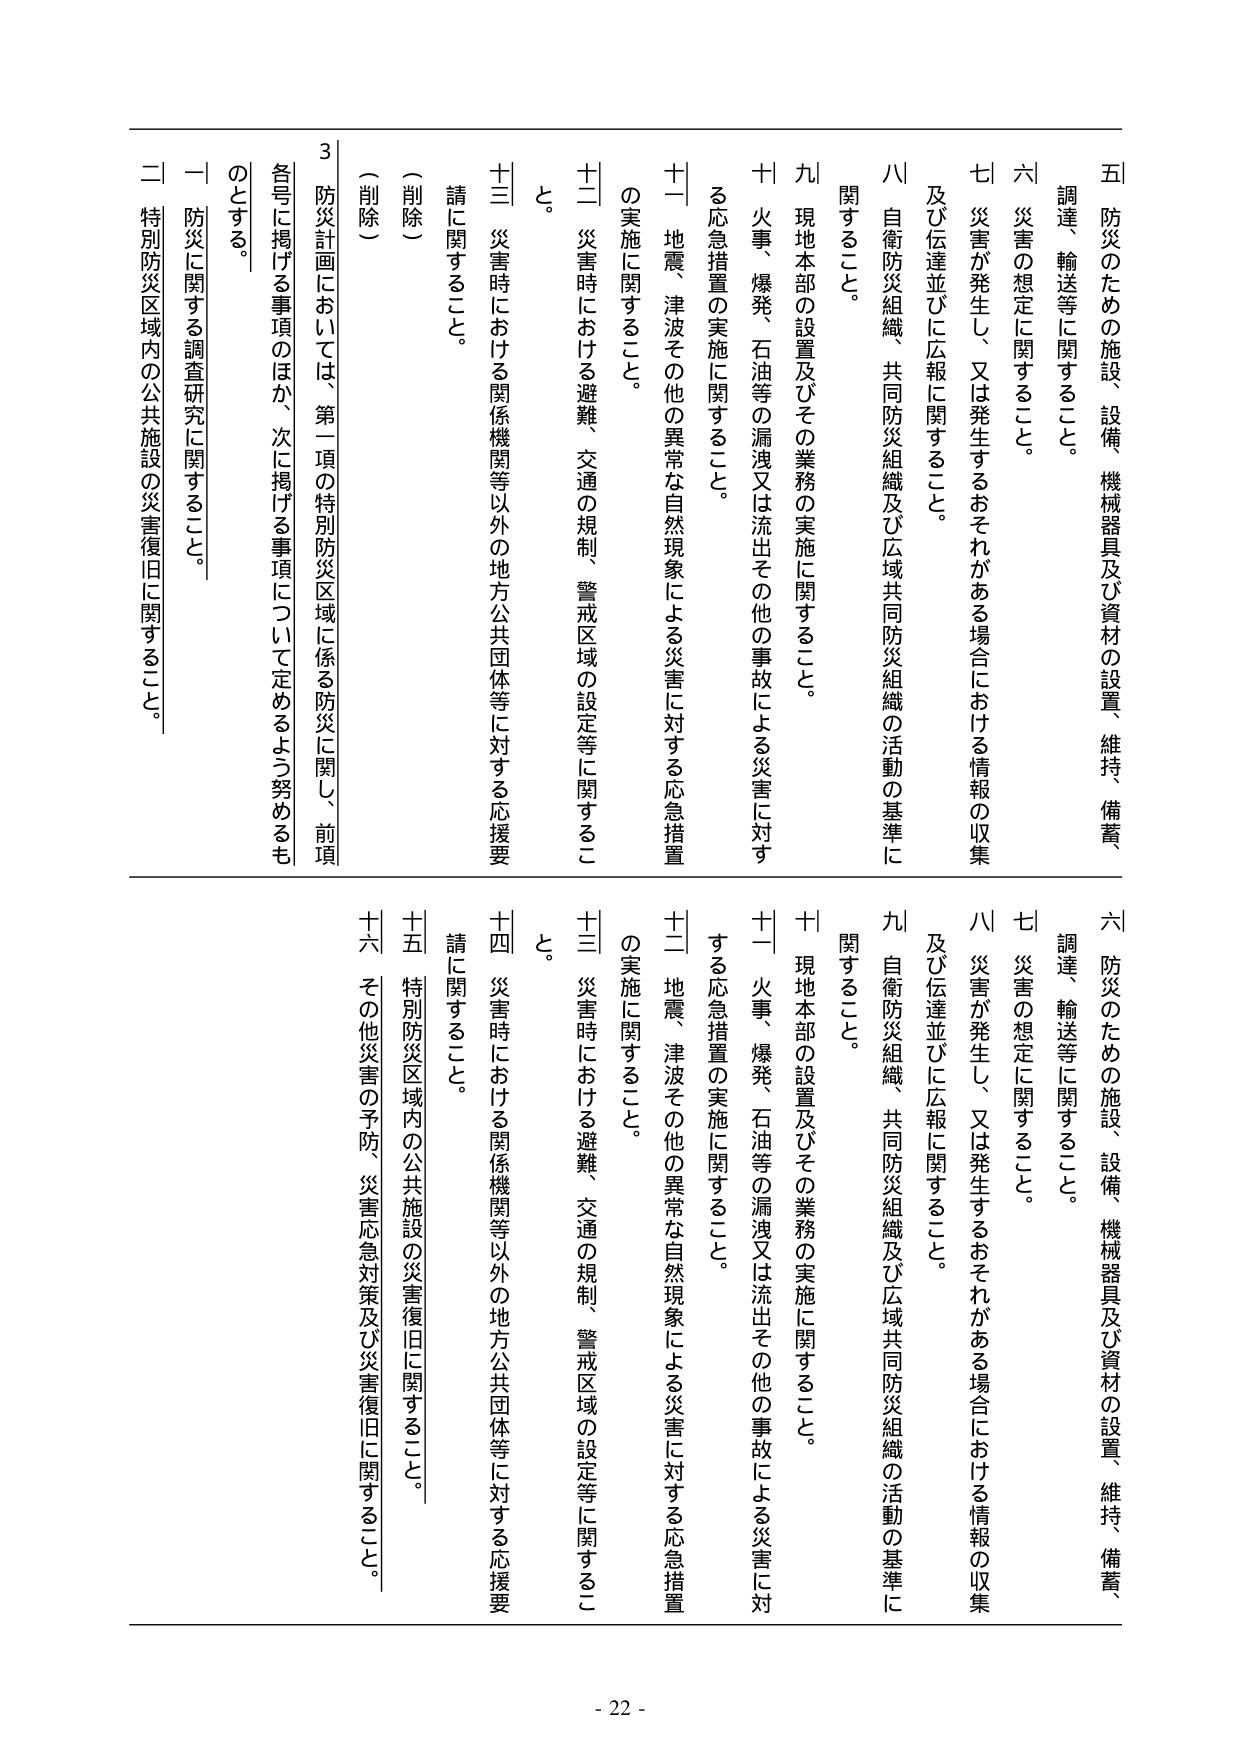
五 防災のための施設、設備、機械器具及び資材の設置、維持、備蓄、調達、輸送等に関すること。

六 災害の想定に関すること。

七 災害が発生し、又は発生するおそれがある場合における情報の収集及び伝達並びに広報に関すること。

八 自衛防災組織、共同防災組織及び広域共同防災組織の活動の基準に関すること。

九 現地本部の設置及びその業務の実施に関すること。

十 火事、爆発、石油等の漏洩又は流出その他の事故による災害に対する応急措置の実施に関すること。

十一 地震、津波その他の異常な自然現象による災害に対する応急措置の実施に関すること。

十二 災害時における避難、交通の規制、警戒区域の設定等に関すること。

十三 災害時における関係機関等以外の地方公共団体等に対する応援要請に関すること。

（削除）

（削除）

三 防災計画においては、第一項の特別防災区域に係る防災に関し、前項各号に掲げる事項のほか、次に掲げる事項について定めるよう努めるものとする。

一 防災に関する調査研究に関すること。

二 特別防災区域内の公共施設の災害復旧に関すること。

六 防災のための施設、設備、機械器具及び資材の設置、維持、備蓄、調達、輸送等に関すること。

七 災害の想定に関すること。

八 災害が発生し、又は発生するおそれがある場合における情報の収集及び伝達並びに広報に関すること。

九 自衛防災組織、共同防災組織及び広域共同防災組織の活動の基準に関すること。

十 現地本部の設置及びその業務の実施に関すること。

十一 火事、爆発、石油等の漏洩又は流出その他の事故による災害に対する応急措置の実施に関すること。

十二 地震、津波その他の異常な自然現象による災害に対する応急措置の実施に関すること。

十三 災害時における避難、交通の規制、警戒区域の設定等に関すること。

十四 災害時における関係機関等以外の地方公共団体等に対する応援要請に関すること。

十五 特別防災区域内の公共施設の災害復旧に関すること。

十六 その他災害の予防、災害応急対策及び災害復旧に関すること。

- 22 -